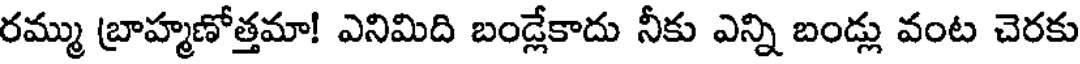
రమ్ము బ్రాహ్మణోత్తమా! ఎనిమిది బండ్లేకాదు నీకు ఎన్ని బండ్లు వంట చెరకు